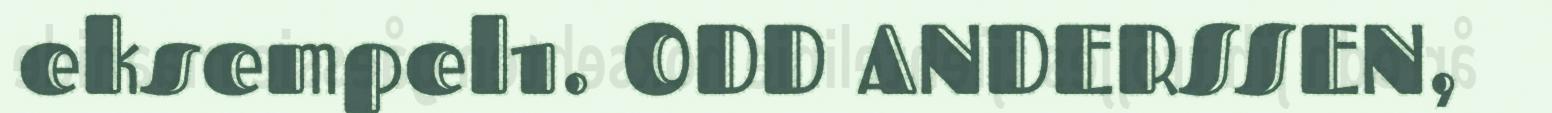
eksempel1. ODD ANDERSSEN,